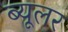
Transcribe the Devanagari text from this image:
ब्यूलर